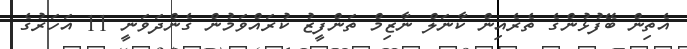
އެތިން ބޭފުޅުންގެ ތެރެއިން ކާނަލް ނާޒިމް ތަންފީޒު ކުރައްވަމުން ގެންދަވަނީ 11 އަހަރުގެ